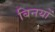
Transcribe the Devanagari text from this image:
बिनयों